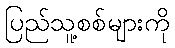
ပြည်သူ့စစ်များကို